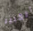
الكبير